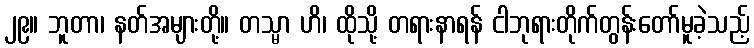
၂၉။ ဘူတာ၊ နတ်အများတို့။ တသ္မာ ဟိ၊ ထိုသို့ တရားနာရန် ငါဘုရားတိုက်တွန်းတော်မူခဲ့သည့်